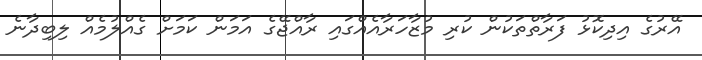
އޭރުގެ އިދިކޮޅު ފަރާތްތަކުން ކުރި މުޒާހަރާއެއްގައި ރާއްޖޭގެ އަމަން ކަމަށް ގެއްލުމެއް ލިބިދާނެ